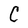
Character: C